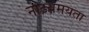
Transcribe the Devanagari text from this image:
नाटय़मयता